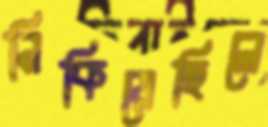
নিকিয়েছিলে